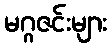
မဂ္ဂဇင်းများ